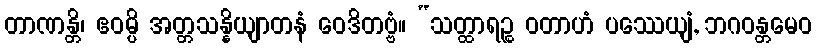
တာဏန္တိ၊ ဧဝမ္ပိ အတ္တသန္နိယျာတနံ ဝေဒိတဗ္ဗံ။ “သတ္ထာရဉ္စ ဝတာဟံ ပဿေယျံ, ဘဂဝန္တမေဝ